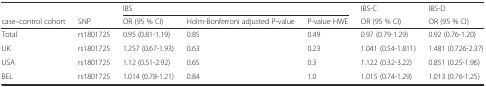
<table><thead><tr><td></td><td></td><td colspan="3"><b>IBS</b></td><td><b>IBS-C</b></td><td><b>IBS-D</b></td></tr><tr><td><b>case–control cohort</b></td><td><b>SNP</b></td><td><b>OR (95 % CI)</b></td><td><b>Holm-Bonferroni adjusted P-value</b></td><td><b>P-value HWE</b></td><td><b>OR (95 % CI)</b></td><td><b>OR (95 % CI)</b></td></tr></thead><tbody><tr><td>Total</td><td>rs1801725</td><td>0.95 (0.81-1.19)</td><td>0.85</td><td>0.49</td><td>0.97 (0.79-1.29)</td><td>0.92 (0.76-1.20)</td></tr><tr><td>UK</td><td>rs1801725</td><td>1.257 (0.67-1.93)</td><td>0.63</td><td>0.23</td><td>1.041 (0.54-1.811)</td><td>1.481 (0.726-2.37)</td></tr><tr><td>USA</td><td>rs1801725</td><td>1.12 (0.51-2.92)</td><td>0.65</td><td>0.3</td><td>1.122 (0.32-3.22)</td><td>0.851 (0.25-1.96)</td></tr><tr><td>BEL</td><td>rs1801725</td><td>1.014 (0.78-1.21)</td><td>0.84</td><td>1.0</td><td>1.015 (0.74-1.29)</td><td>1.013 (0.76-1.25)</td></tr></tbody></table>